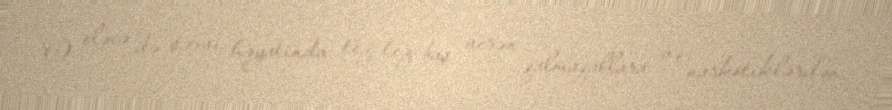
O eləcə də şəxsi həyatında tez-tez baş verən qalmaqallara və narkotiklərdən